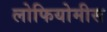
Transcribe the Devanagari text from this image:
लोफियोमीस